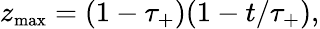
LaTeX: z_{\mathrm{\small max}}=(1-\tau_{+})(1-t/\tau_{+}),